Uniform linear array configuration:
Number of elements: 64
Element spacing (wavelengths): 1
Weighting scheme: binomial
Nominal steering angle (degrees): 15
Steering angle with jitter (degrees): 14.2
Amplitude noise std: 0.05
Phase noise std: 0.05

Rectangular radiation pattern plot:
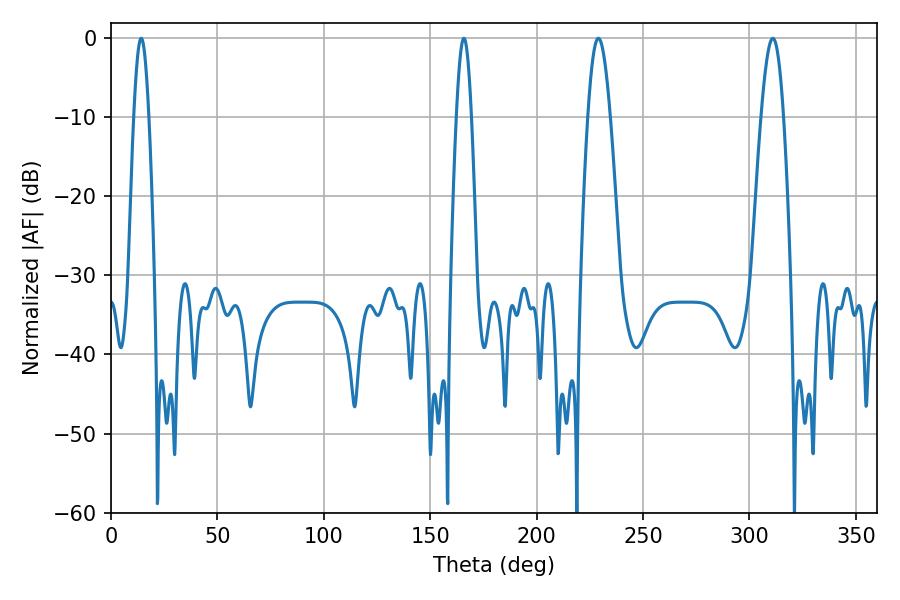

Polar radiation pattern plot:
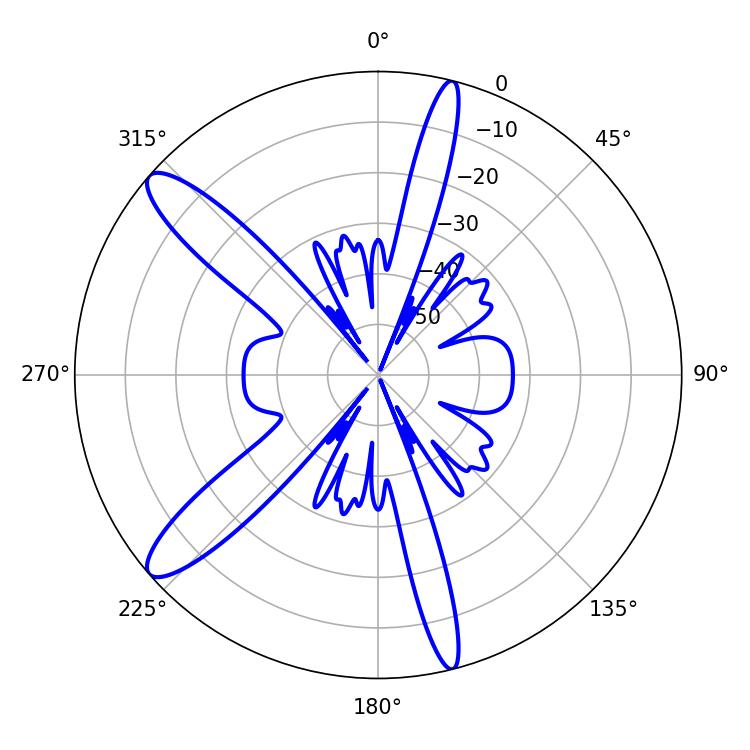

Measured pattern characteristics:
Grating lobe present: TRUE
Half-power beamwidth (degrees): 3.78
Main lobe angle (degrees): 165.78